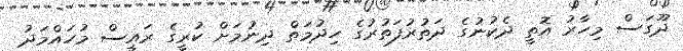
ދޫގަސް މިހާރު އޮތީ ދެކުނުގެ ދަތުރުފަތުރުގެ ހިދުމަތް ދިނުމަށް ކުރީގެ ރައީސް މުހައްމަދު